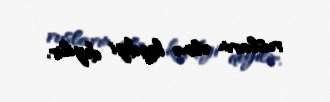
rusların əlinə keçdiyi deyilir.